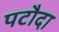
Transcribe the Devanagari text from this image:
पटौदा